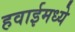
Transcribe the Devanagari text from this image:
हवाईमध्ये